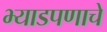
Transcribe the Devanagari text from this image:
भ्याडपणाचे